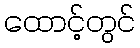
ထောင့်တွင်